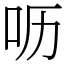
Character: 呖